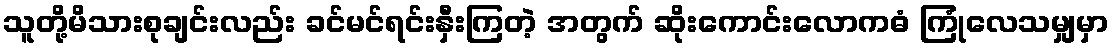
သူတို့မိသားစုချင်းလည်း ခင်မင်ရင်းနှီးကြတဲ့ အတွက် ဆိုးကောင်းလောကဓံ ကြုံလေသမျှမှာ